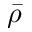
\bar { \rho }